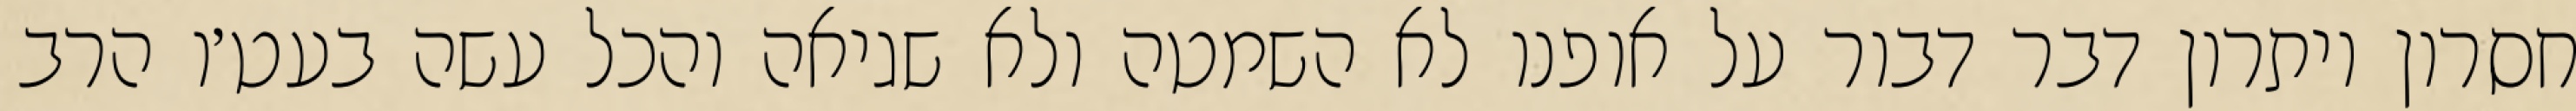
חסרון ויתרון דבר דבור על אופנו לא השמטה ולא שגיאה והכל עשה בעט׳ו הרב